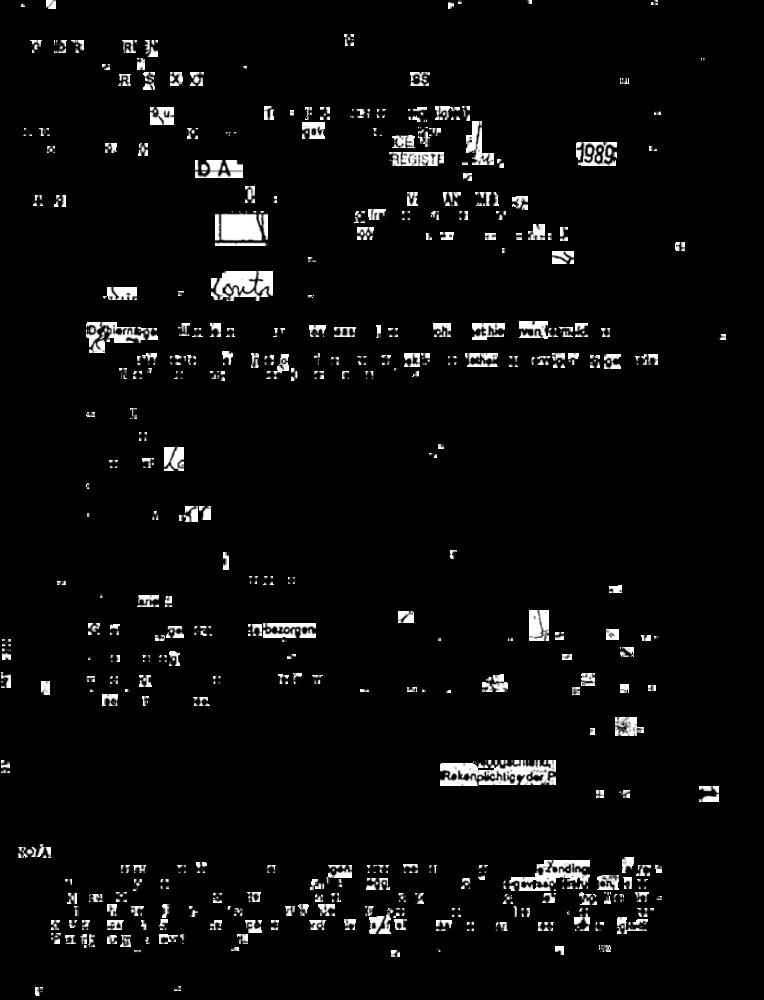
R
REGISTE
1989
DA
@ :
Konta
.
.
Rekenplichligy do Pa
zending